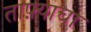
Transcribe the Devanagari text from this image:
ताफ़्याचा